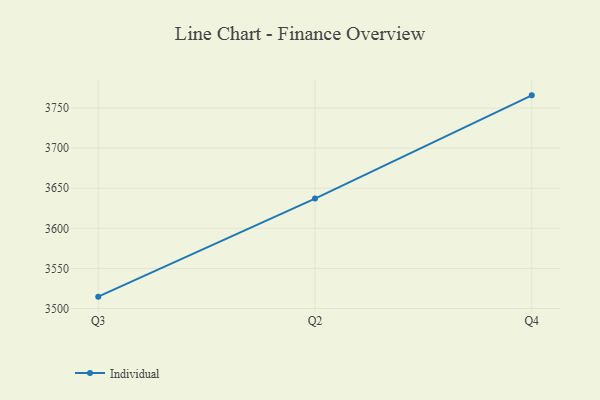
{"axis": {"x": "Quarter", "y": "Net Income (USD K)"}, "legend": ["Individual"], "data": [{"x": "Q3", "y": 3514.8, "type": "Individual"}, {"x": "Q2", "y": 3637.1, "type": "Individual"}, {"x": "Q4", "y": 3765.8, "type": "Individual"}]}